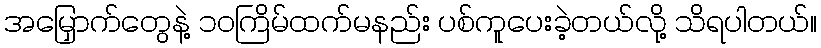
အမြှောက်တွေနဲ့ ၁၀ကြိမ်ထက်မနည်း ပစ်ကူပေးခဲ့တယ်လို့ သိရပါတယ်။